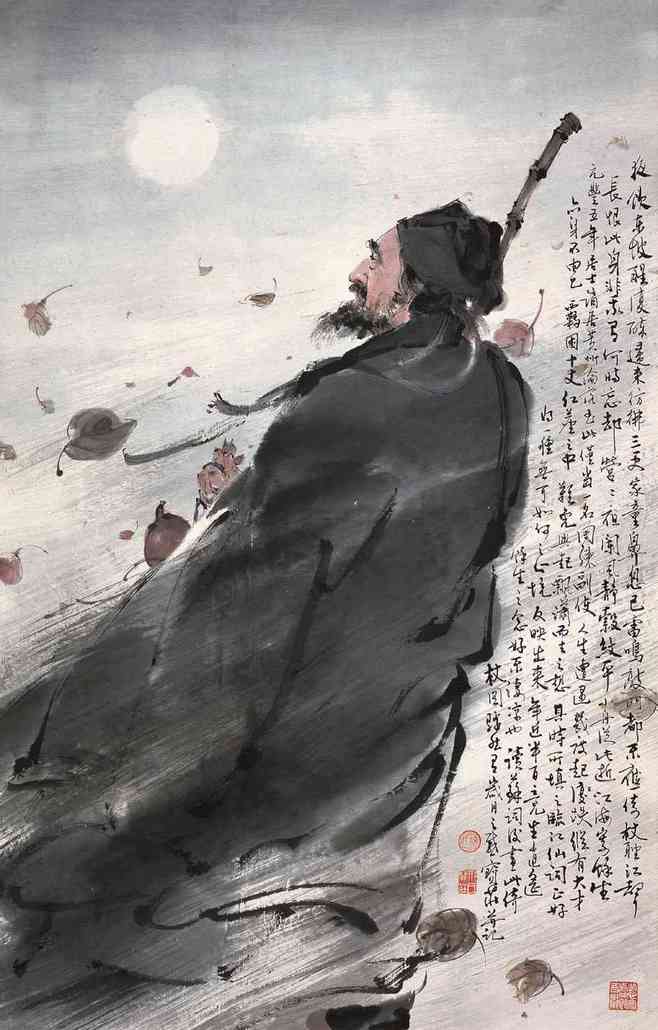
夜饮东坡醒复醉，归来仿佛三更。家童鼻息已雷鸣。